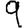
Digit: 9